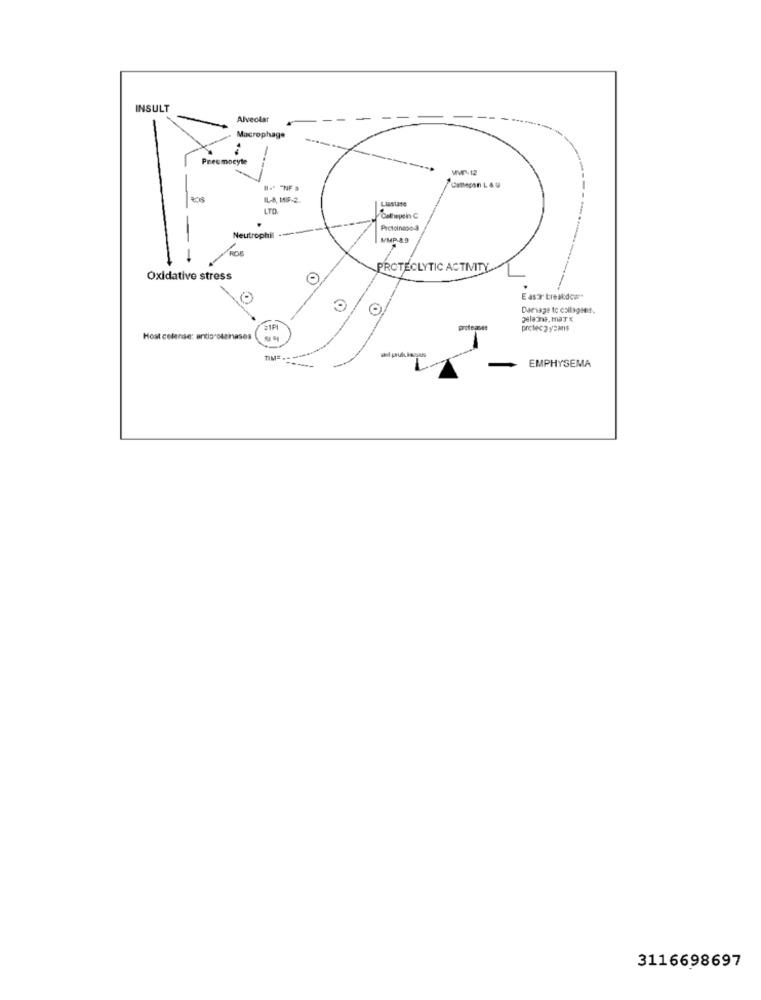
INSULT
Alveolar
-
Macrophage
Pneumocyte
MW-12
IL-A, MIF-2.
Lisstate
LTD
Cathepein C
Neutrophil ---
Protoinone-3
M/MP.8.9
PROTECLYTIC ACTIVITY
Oxidative stress
E asor breakdos
O
Damage Ic collagens.
$1P
proteger
Host cofense: artis oleinases
TIME
EMPHYSEMA
3116698697